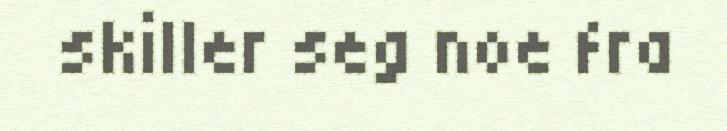
skiller seg noe fra